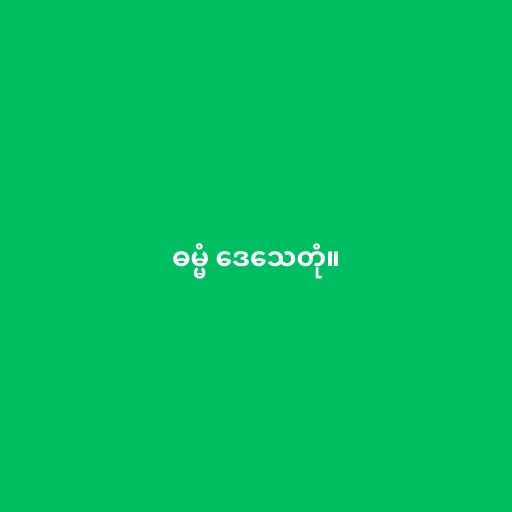
ဓမ္မံ ဒေသေတုံ။